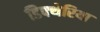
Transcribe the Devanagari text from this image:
डिफ्थेरिया